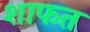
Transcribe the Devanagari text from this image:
शाफत